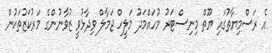
އެ ރަސްމިޔާތުގައި ޔޫތް މިނިސްޓަރު މުހައްމަދު މަލީހް ޖަމާލް ވިދާޅުވީ ޒުވާނުންގެ މަރުކަޒުތަކުން